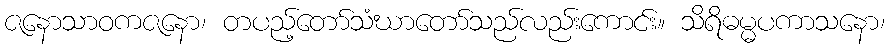
ဇနောသာဝကဇနော၊ တပည့်တော်သံဃာတော်သည်လည်းကောင်း။ သိရိဓမ္မပကာသနော၊